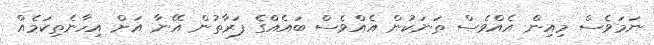
ނަމަވެސް މިއިން އެއްވެސް ތަނަކުން އެއްވެސް ބައެއްގެ ފަރާތުން އޭނާ އަށް އިހާނެތިކަމެއް